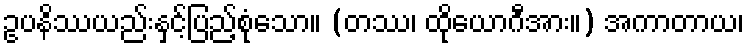
ဥပနိဿယည်းနှင့်ပြည့်စုံသော။ (တဿ၊ ထိုယောဂီအား။) အကာတာယ၊